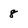
Character: 8